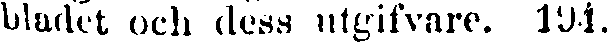
bladet och dess utgifvare. 194.